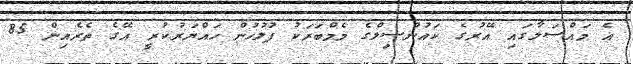
އެ މައްސަލާގައި އޭރުގެ ކައުންސިލްގެ މެމްބަރަކު ފުލުހުން ހައްޔަރުކުރީ އޭގެ ތެރެއިން 85